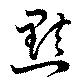
黠